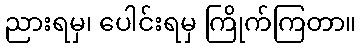
ညားရမှ၊ ပေါင်းရမှ ကြိုက်ကြတာ။